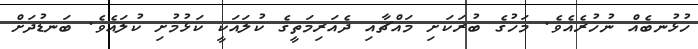
ހުޅުނބެއް ނުހުރެއެވެ. މަހުގެ ބުރަކަށި މައްޗާއި ދެއަރިމަތީގެ ކުލައަކީ ކަޅުމުށި ކުލައެވެ. ބަނޑުދަށް